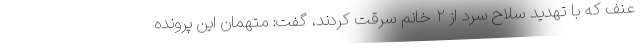
عنف که با تهدید سلاح سرد از ۲ خانم سرقت کردند، گفت: متهمان این پرونده